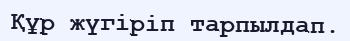
Құр жүгіріп тарпылдап.